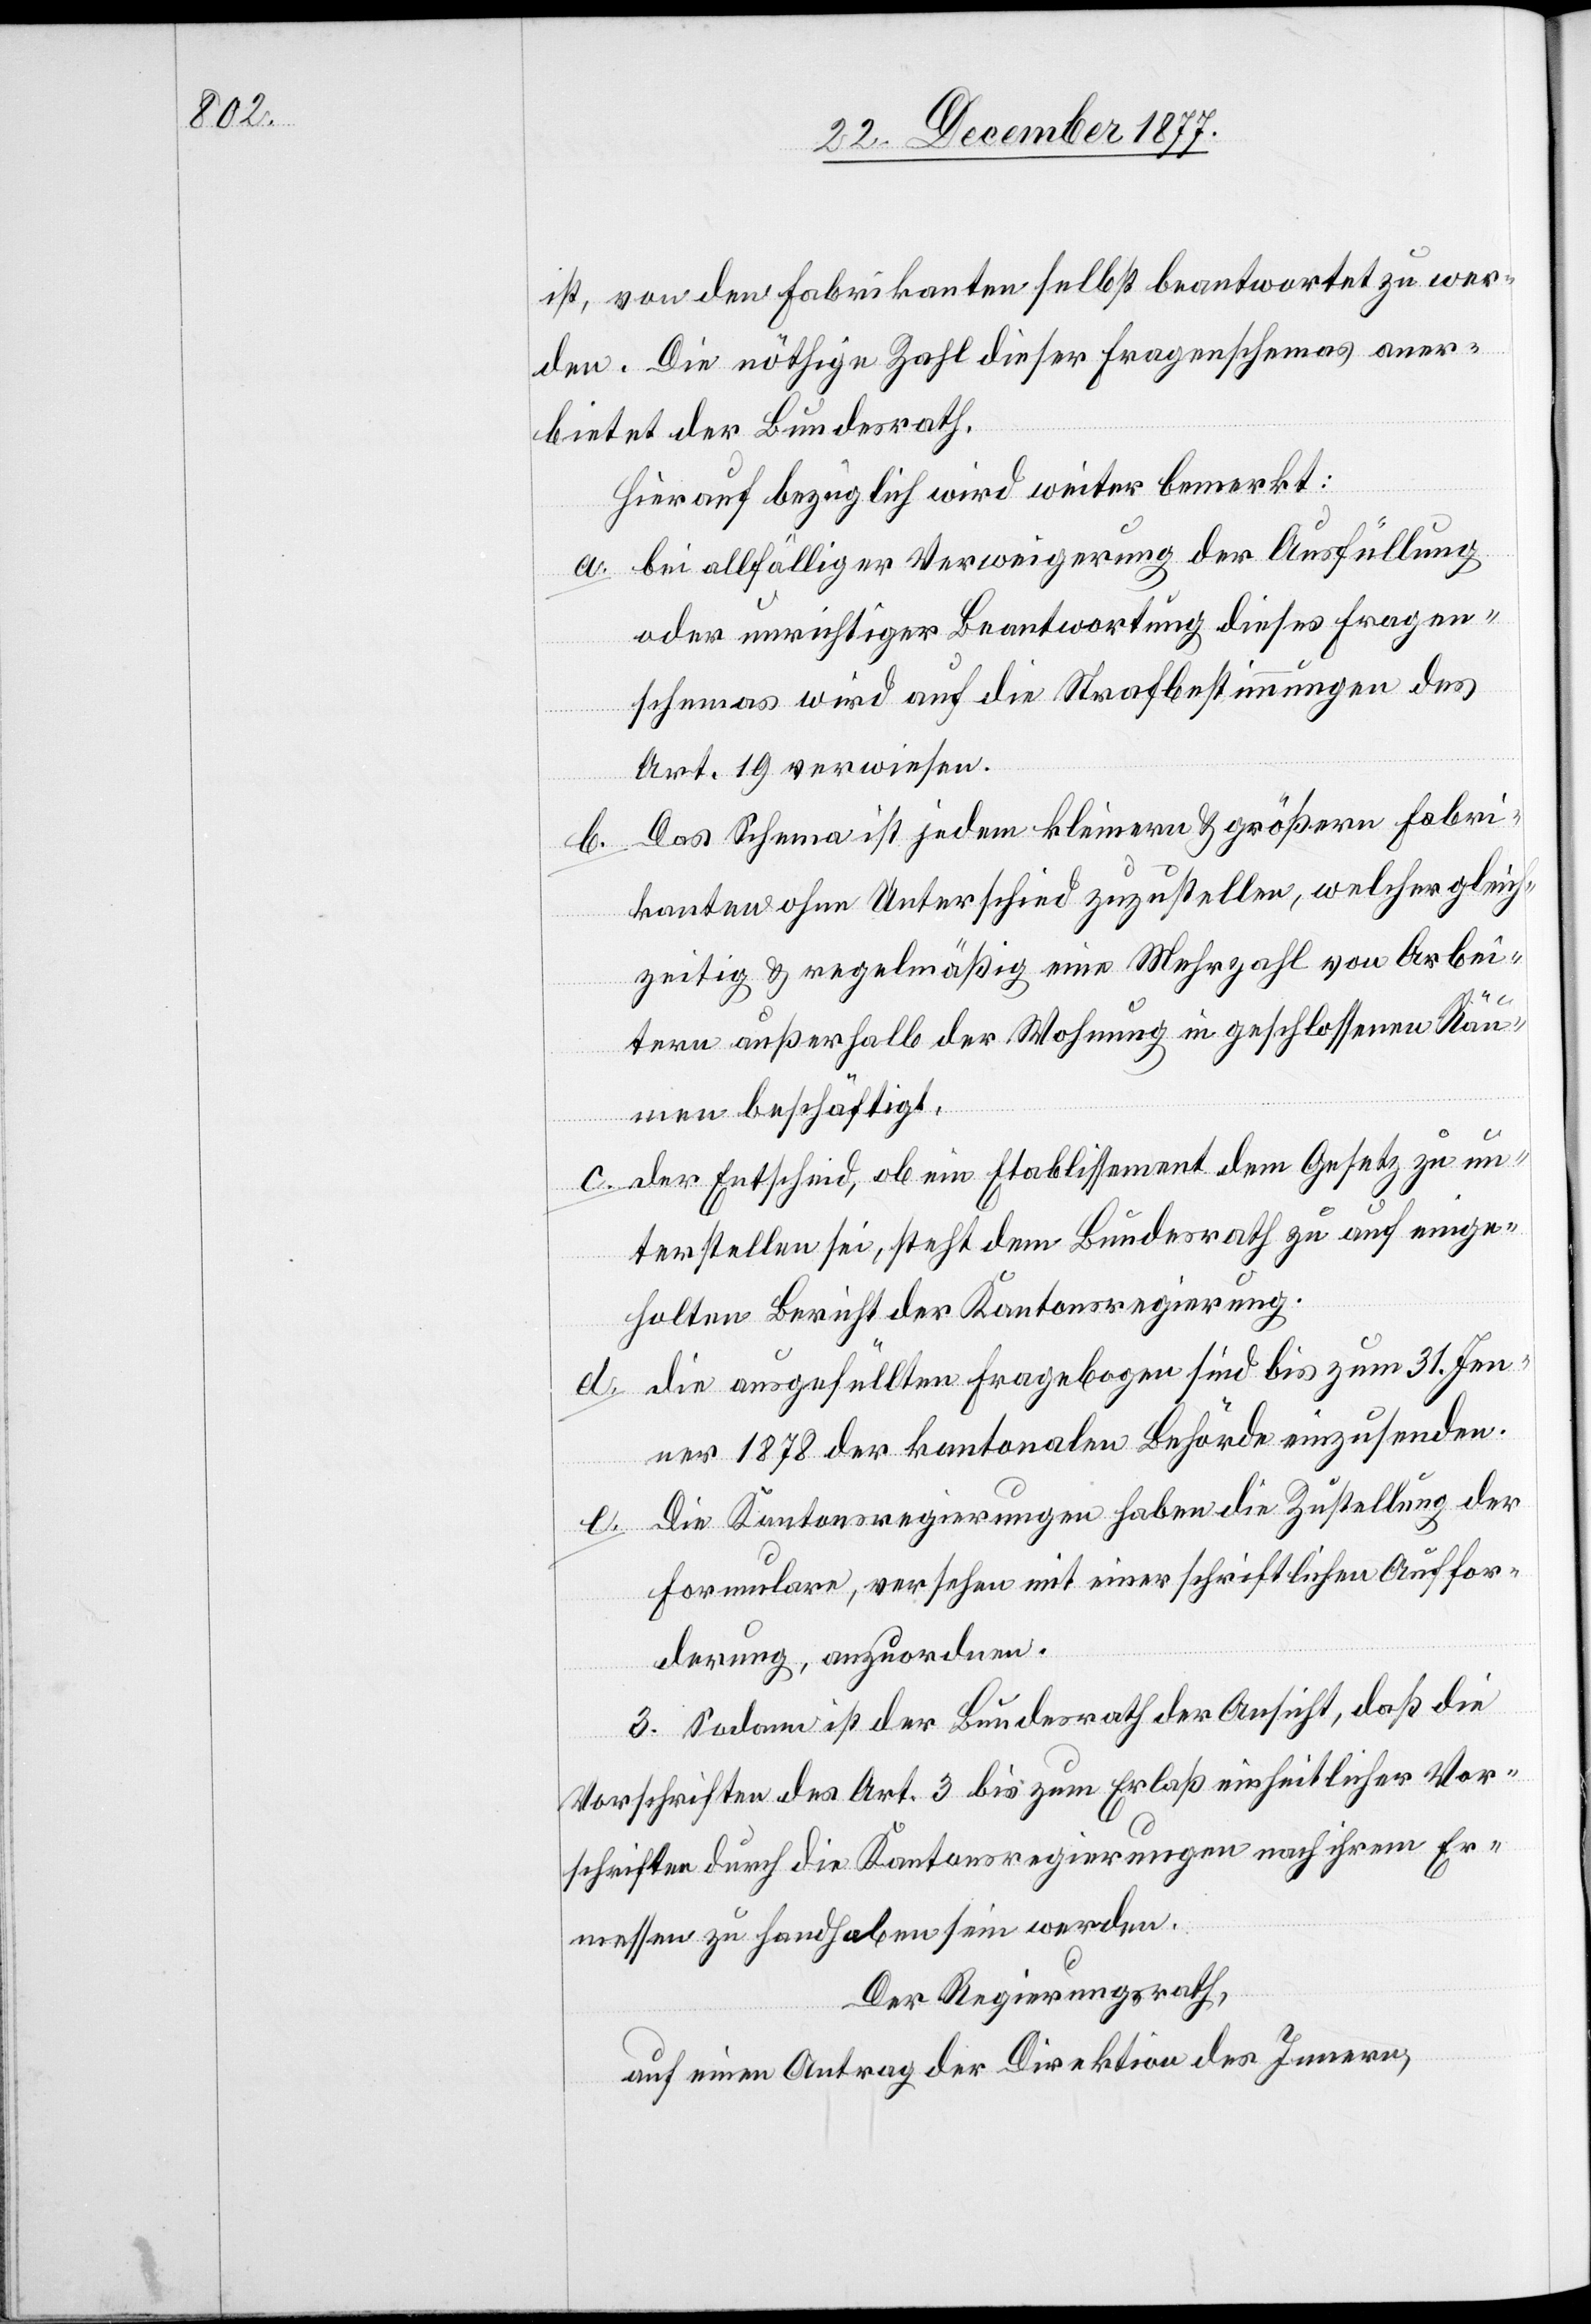
ist, von den Fabrikanten selbst beantwortet zu wer¬
den. Die nöthige Zahl dieser Fragenschemas aner¬
bietet der Bundesrath.
Hierauf bezüglich wird weiter bemerkt:
bei allfälliger Verweigerung der Ausfüllung
oder unrichtiger Beantwortung dieses Fragen¬
schemas wird auf die Strafbestimmungen des
Art. 19 verwiesen.
Das Schema ist jedem kleinern & größern Fabri¬
kanten & ohne Unterschied zuzustellen, welcher gleich¬
zeitig & regelmäßig eine Mehrzahl von Arbei¬
tern außerhalb der Wohnung in geschlossenen Räu¬
men beschäftigt.
e.
c.
der Entscheid, ob ein Etablissement dem Gesetz zu un¬
terstellen sei, steht dem Bundesrath zu auf einge¬
holten Bericht der Kantonsregierung.
die ausgefüllten Fragebogen sind bis zum 31. Jen¬
ner 1878 der kantonalen Behörde einzusenden.
Die Kantonsregierungen haben die Zustellung der
d.
Formulare, versehen mit einer schriftlichen Auffor¬
derung, anzuordnen.
3. Sodann ist der Bundesrath der Ansicht, daß die
Vorschriften des Art. 3 bis zum Erlaß einheitlicher Vor¬
schriften durch die Kantonsregierungen nach ihrem Er¬
messen zu handhaben sein werden.
Der Regierungsrath,
auf einen Antrag der Direktion des Innern,